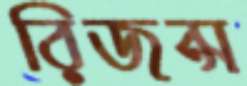
রিজন্স